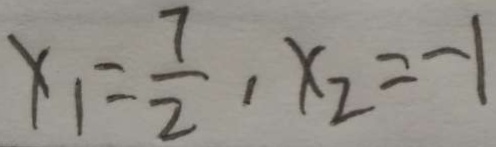
x _ { 1 } = \frac { 7 } { 2 } , x _ { 2 } = - 1